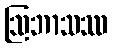
ဩဘာသဿ